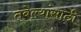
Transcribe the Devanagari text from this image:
तबेल्यांसाठी